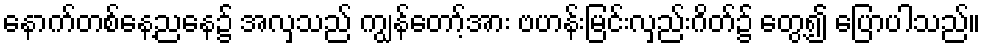
နောက်တစ်နေ့ညနေ၌ အလှသည် ကျွန်တော့်အား ဗဟန်းမြင်းလှည်းဂိတ်၌ တွေ့၍ ပြောပါသည်။